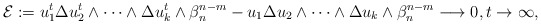
\begin{align*}\mathcal{E}:=u_1^t \Delta u_2^t\wedge\dots\wedge\Delta u_{k }^t \wedge\beta_n^{n-m} -u_1\Delta u_2\wedge\dots\wedge\Delta u_{k }\wedge\beta_n^{n-m}\longrightarrow0, t\to\infty, \end{align*}